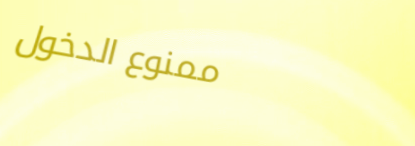
ممنوع الدخول